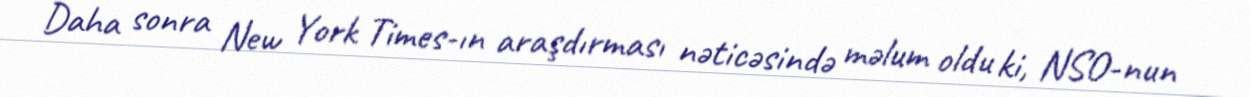
Daha sonra New York Times-ın araşdırması nəticəsində məlum oldu ki, NSO-nun